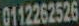
0112262526